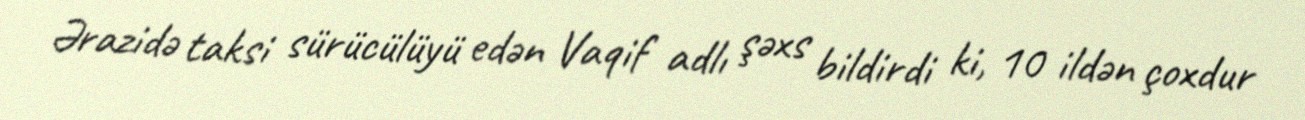
Ərazidə taksi sürücülüyü edən Vaqif adlı şəxs bildirdi ki, 10 ildən çoxdur